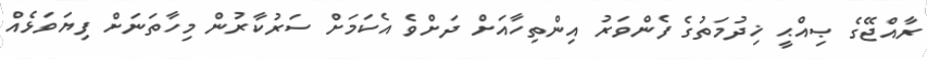
ރާއްޖޭގެ ޞިއްޙީ ޚިދުމަތުގެ ފެންވަރު އިންތިހާއަށް ދަށްވެ އެކަމަށް ސަރުކާރުން މިހާތަނަށް ފިޔަވަޅެއް